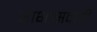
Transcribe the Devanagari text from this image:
आभासवादी